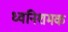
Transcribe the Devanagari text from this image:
ध्वनिशमक